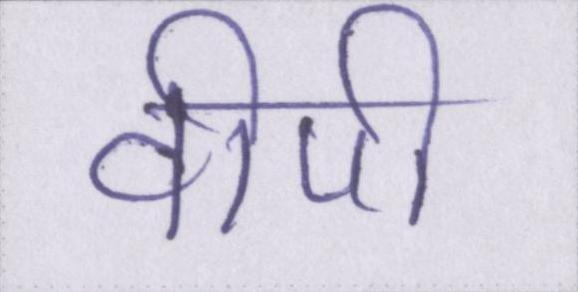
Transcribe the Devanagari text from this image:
वीपी